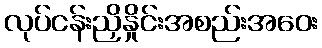
လုပ်ငန်းညှိနှိုင်းအစည်းအဝေး